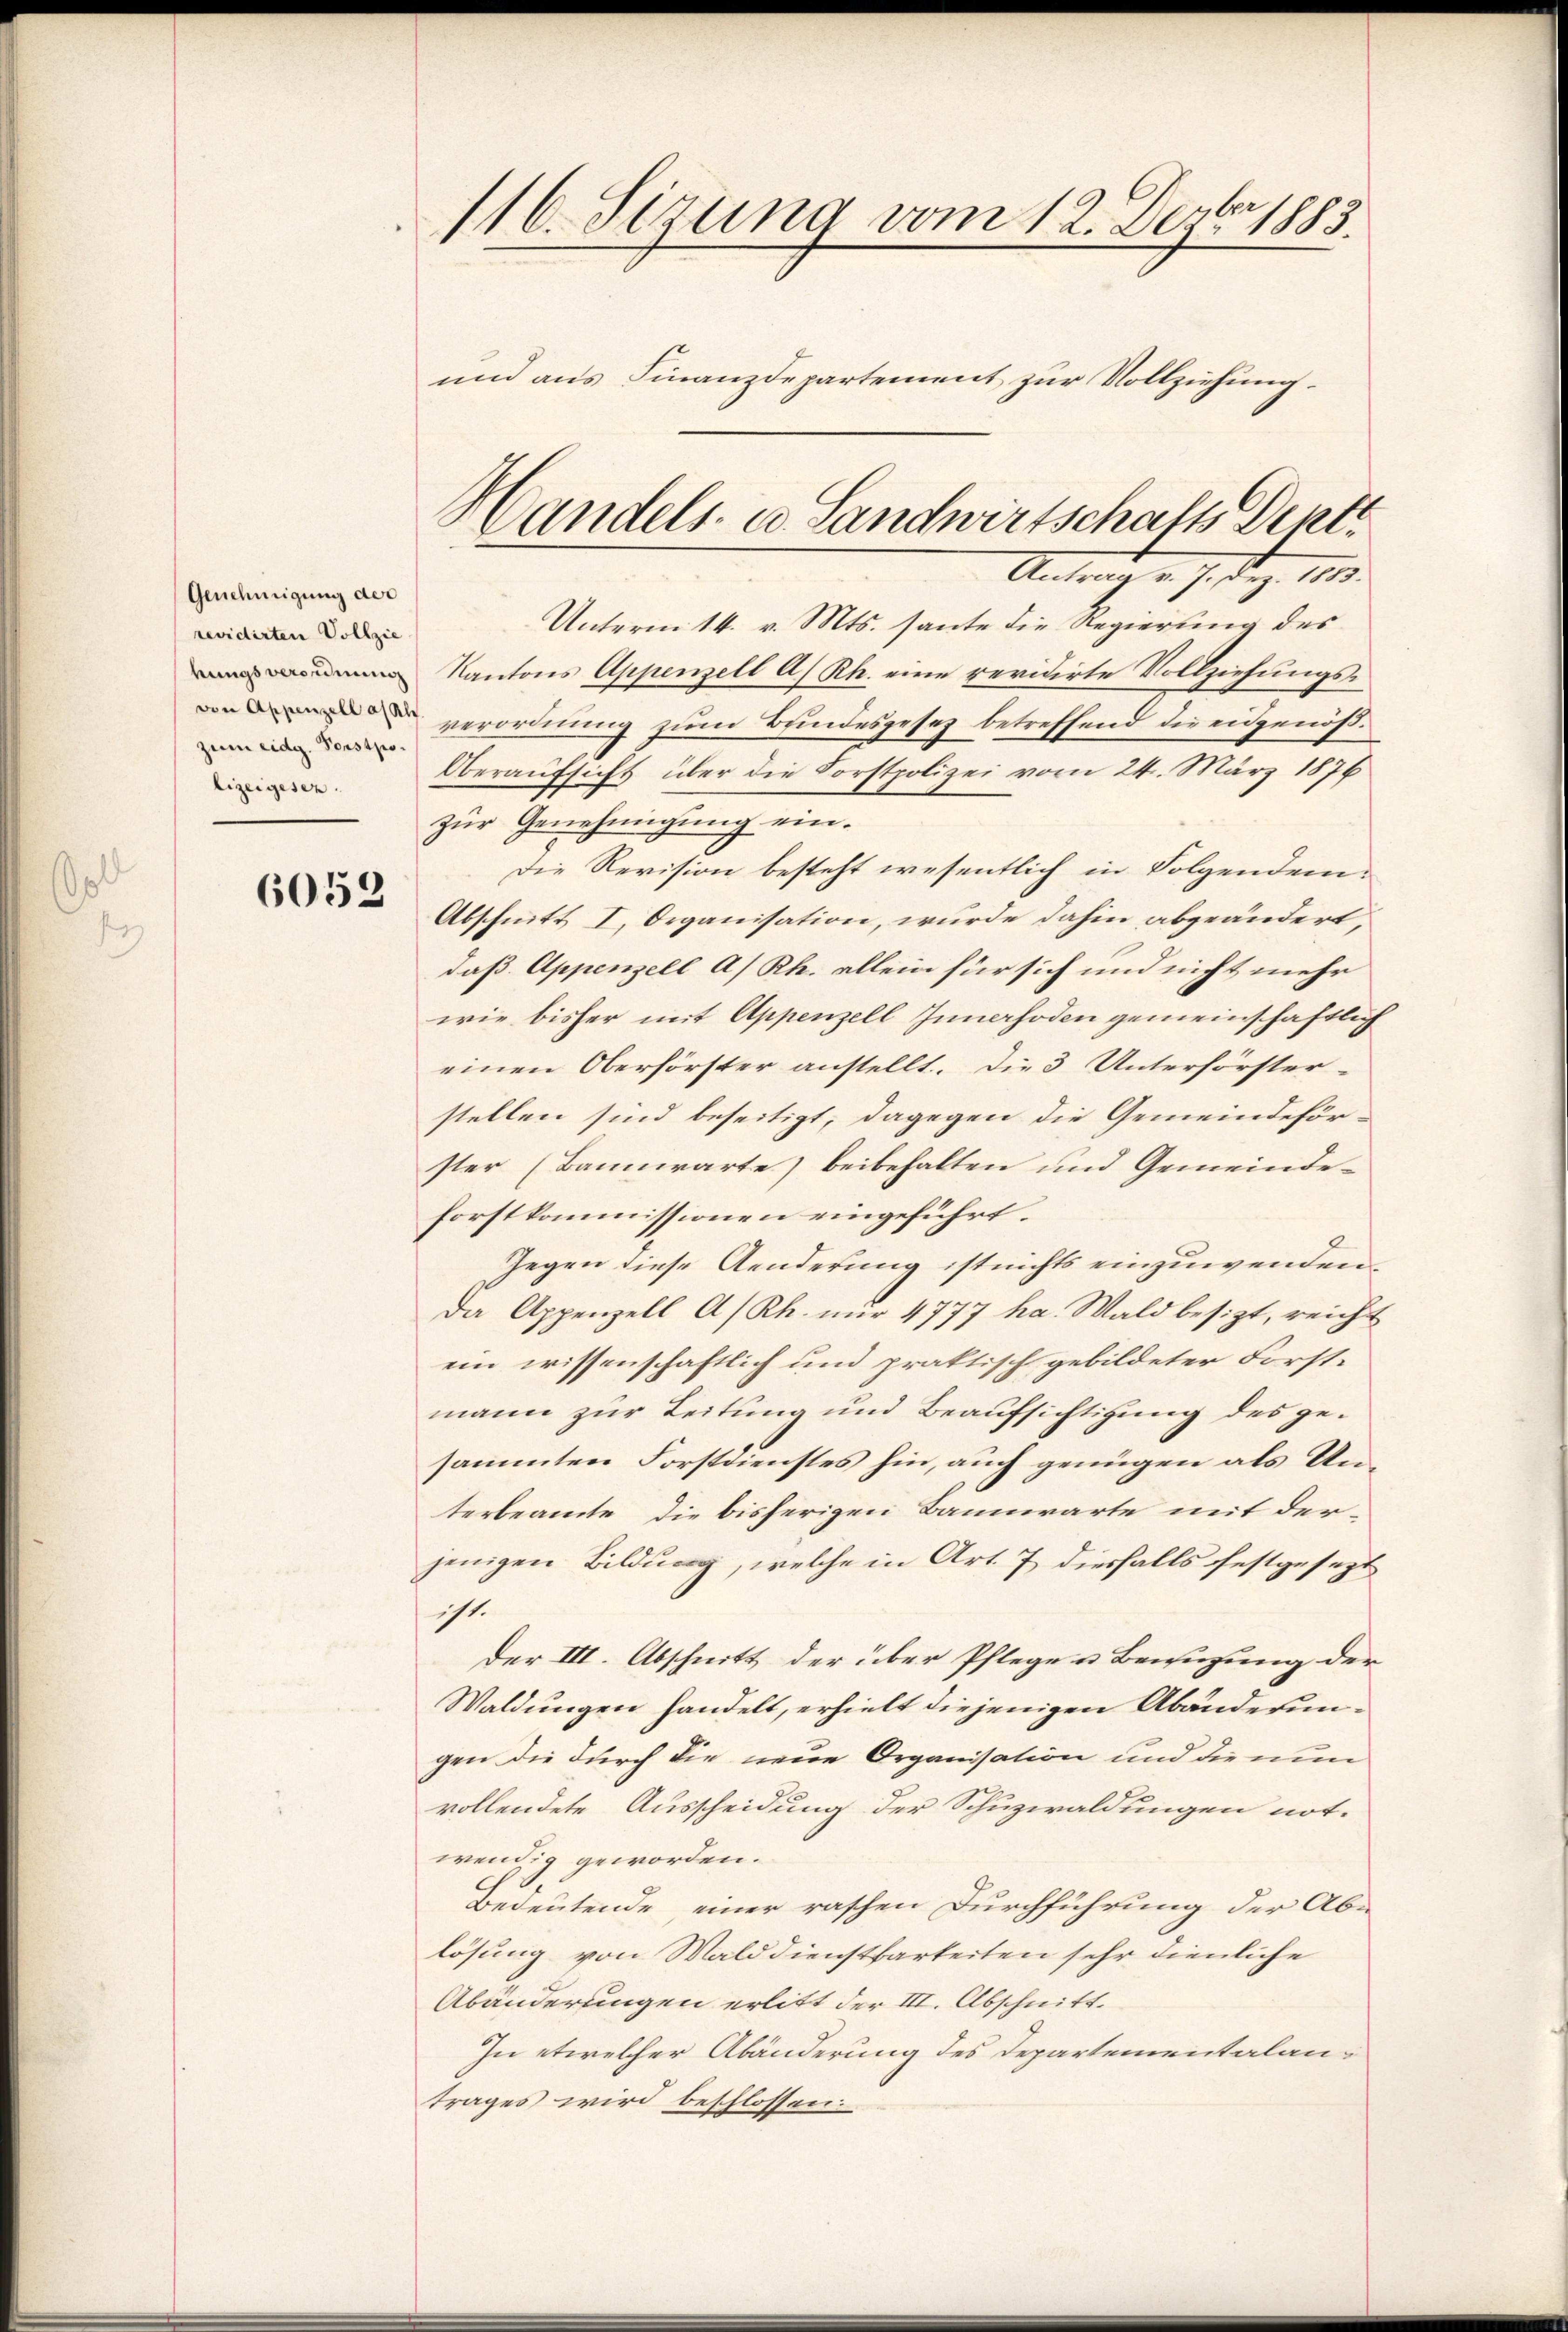
Genehmigung der
revidirten Vollzie
hungsverordnung
von Appenzell a/Rh
zum eidg. Vorstpolizeigesez

6052

116. Siruna vom 12. Dezbr. 1883.
und aus Finanzdepartement zur Vollziehung.

Unterm 14. v. Mts. sante die Regierung des
Kantons Appenzell A.) Rh. eine revidirte Vollziehungsverordnung zum Bundesgesez betreffend die eidgenöß¬
Oberaufsicht über die Forstpolizei vom 24. März 1876
zur Genehmigung ein¬
Die Revision besteht wesentlich in Folgendem¬
Abschnitt I. Organisation, wurde dahin abgeändert,
daß Appenzell A/Rh. allein für sich und nicht mehr
wie bisher mit Appenzell Innerhoden gemeinschaftlich
einen Oberförster anstellt. Die 3 Unterförster-
stellen sind beseitigt, dagegen die Gemeindeför-
ster (Bannwarte) beibehalten und Gemeinde-
forstkommissionen eingeführt.
Gegen diese Aenderung ist nichts einzuwenden,
Da Appenzell A/Rh. nur 4777 ha. Wald besizt, reicht
ein wissenschaftlich und praktisch gebildeter Forst-
mann zur Leitung und Beaufsichtigung des gesammten Forstdienstes hin, auch genügen als Unterbeamte, die bisherigen Bannwarte mit der
jenigen Bildung, welche in Art. 7 diesfalls festgesezt
ist.
der III. Abschnitt der über Pflege u Benuzung der
Waldungen handelt, erhielt diejenigen Abänderungen die durch die neue Organisation und die nun
vollendete Ausscheidung der Schuzwaldungen not-
wendig geworden.
Bedeutende einer raschen Durchführung der Ab-
lösung von Walddienstbarkeiten sehr dienliche
Abänderungen erlitt der III. Abschnitt.
In etwelcher Abänderung des Departementalan-
trages wird beschlossen:

Handels- u Sandwirtschafts Dent¬
Aut d. J. dez. 1813.